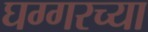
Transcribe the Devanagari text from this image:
घग्गरच्या